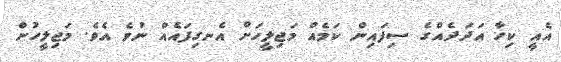
އެއީ ކިހާ އަދަދެއްގެ ސިފައިން ކަމެއް މަޖިލީހަށް އެނގިފައެއް ނުވެ އެވެ. މަޖިލީހުން